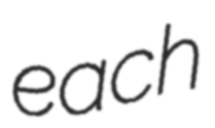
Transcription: each